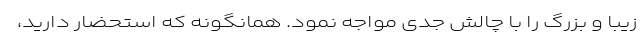
زیبا و بزرگ را با چالش جدی مواجه نمود. همانگونه­ که استحضار دارید،